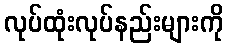
လုပ်ထုံးလုပ်နည်းများကို